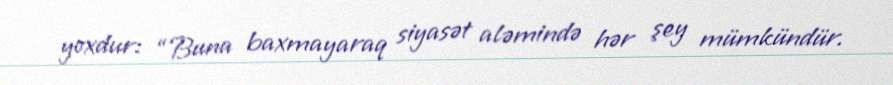
yoxdur: “Buna baxmayaraq siyasət aləmində hər şey mümkündür.